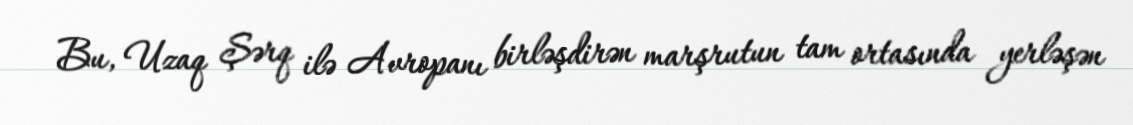
Bu, Uzaq Şərq ilə Avropanı birləşdirən marşrutun tam ortasında yerləşən